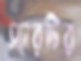
স্যারটির